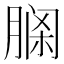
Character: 𦝹